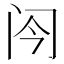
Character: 𬮞